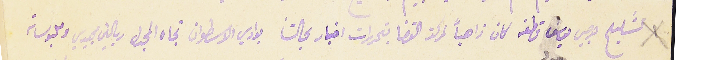
تشليح جرجس يوسف قطفه كان ذاهباً لمركز القضا بتحريرات اخبار بحالتنا بوادي الاسطوان تجاه المجدل ريالين مجيدي وملبوساته